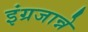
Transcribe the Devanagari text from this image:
इंग्रजान्ने